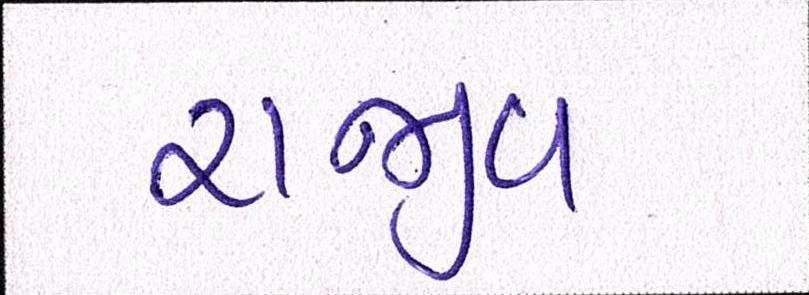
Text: રાજીવ